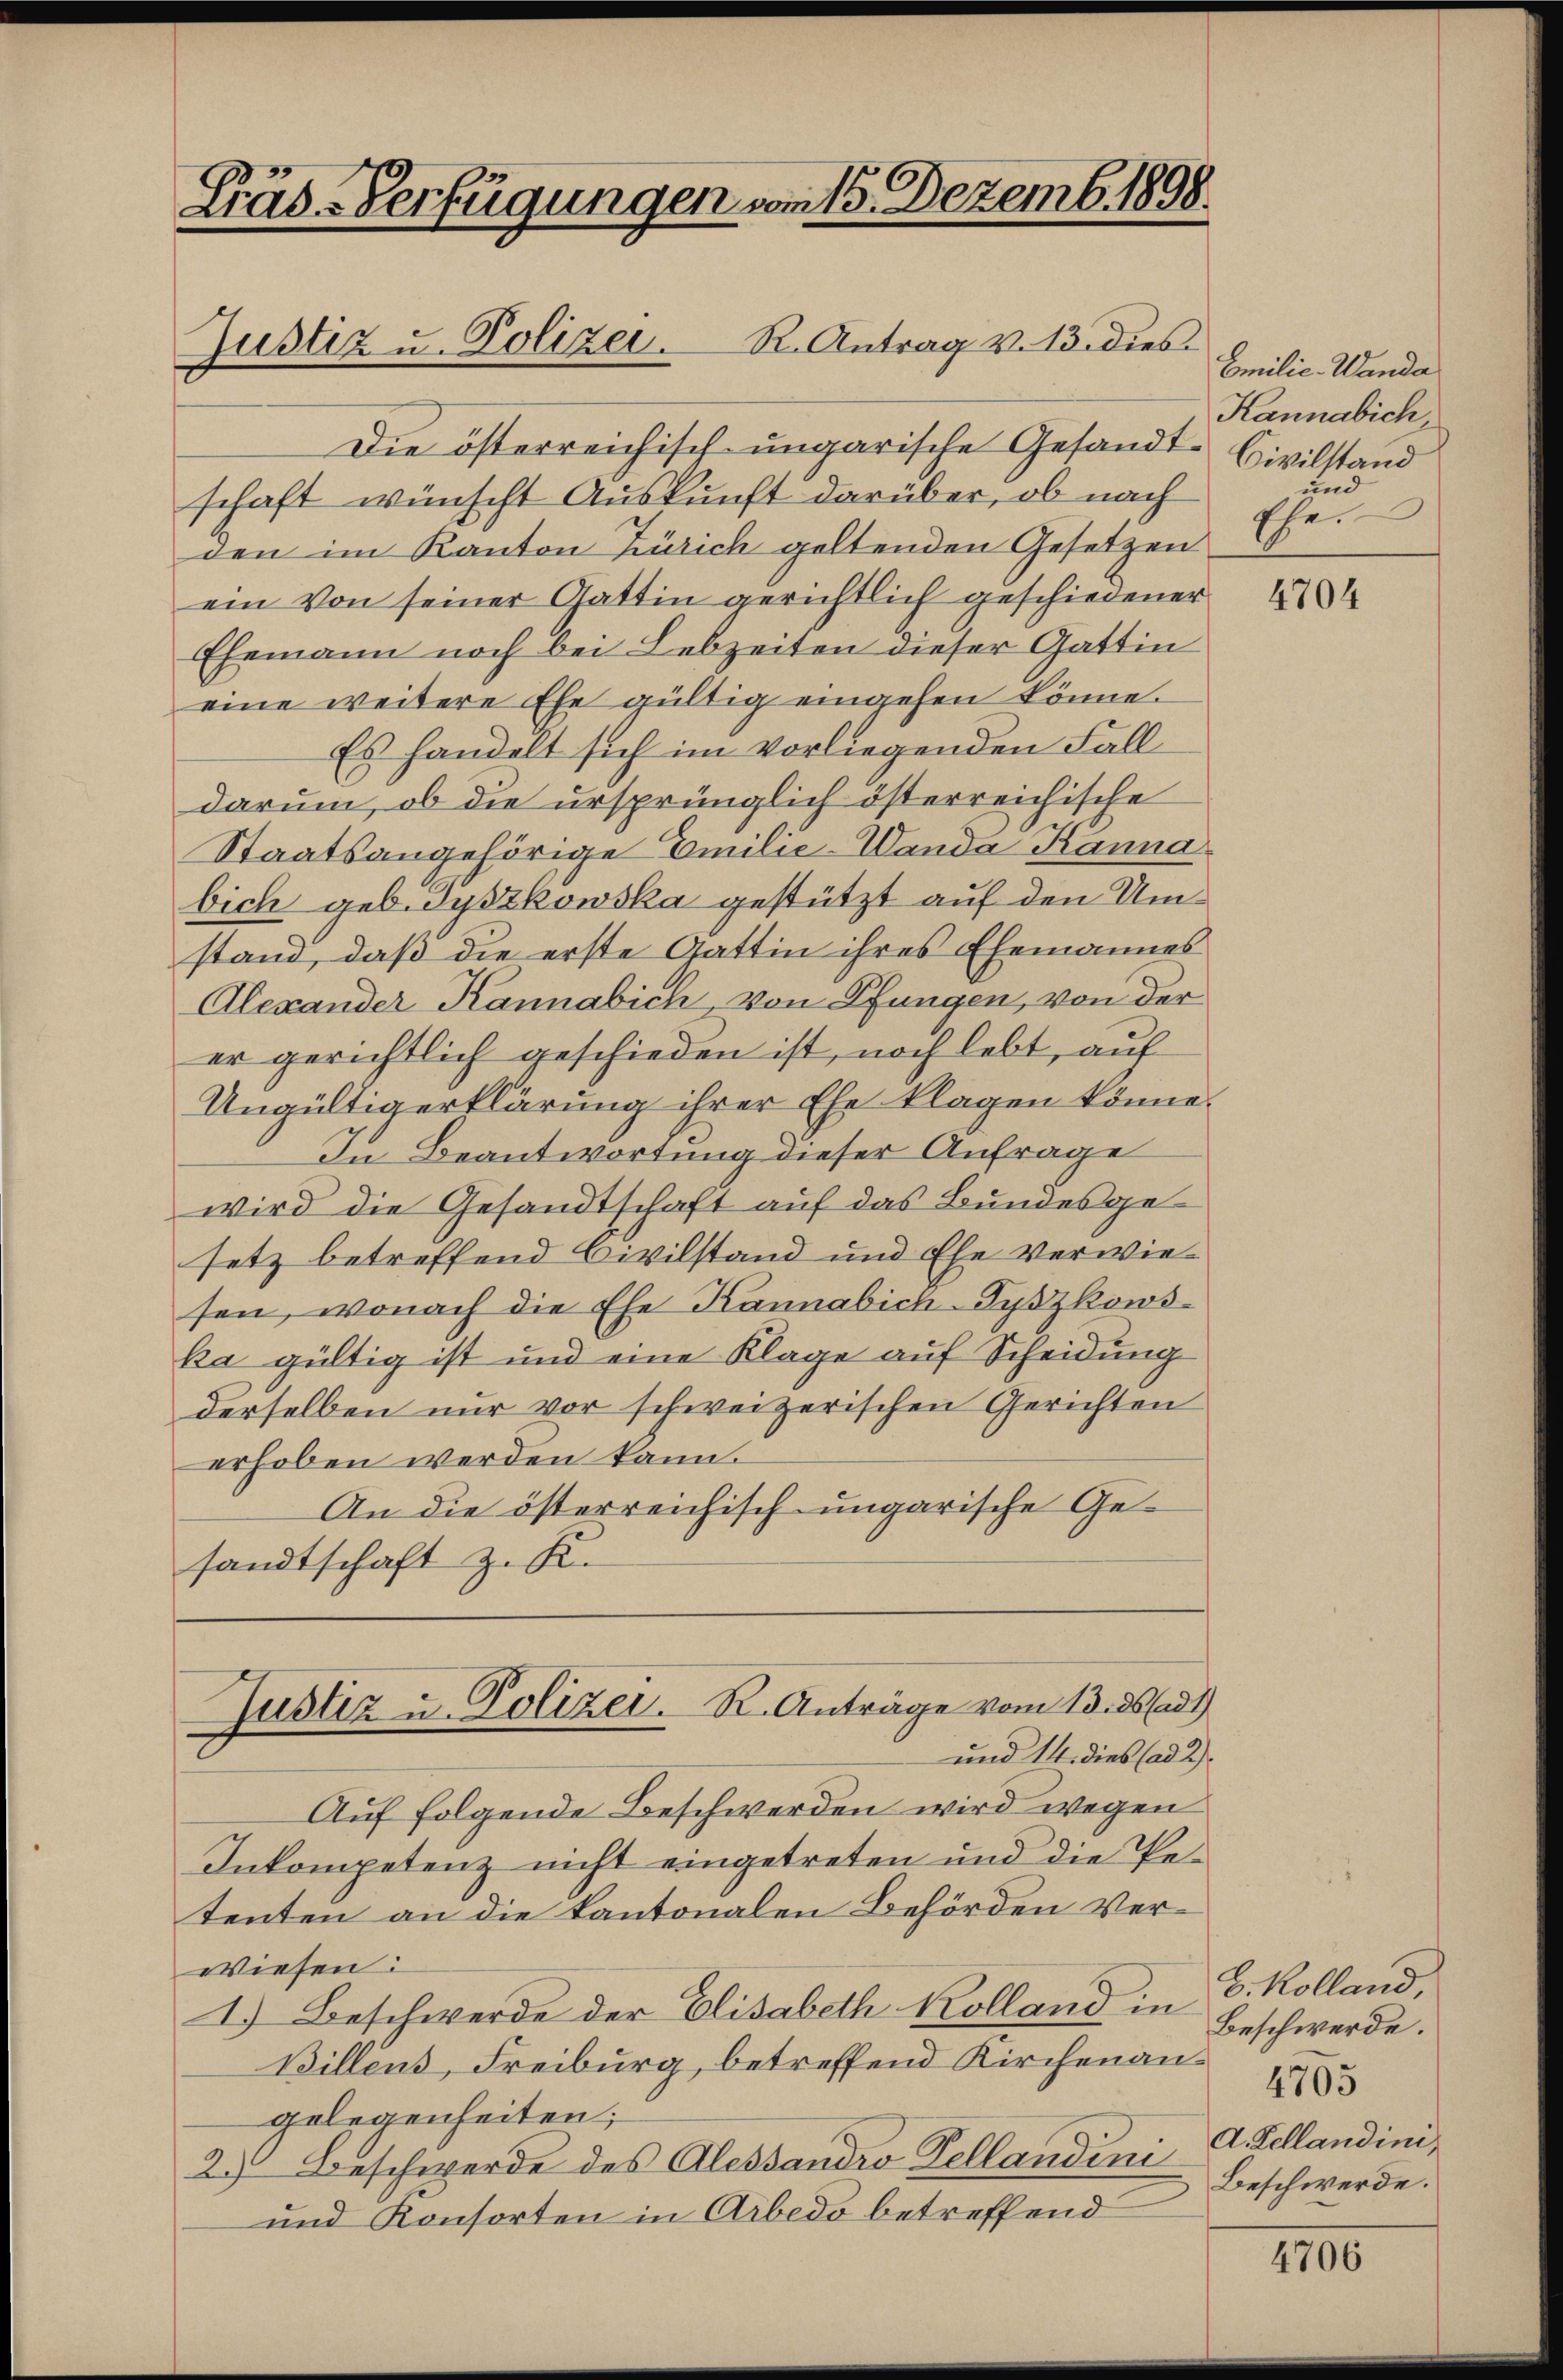
Gräs-Verfügungen vom 15. Dezemb. 1898.
Justiz u. Polizei. R. Antrag v. 13. dies

Die österreichisch ungarische Gesandtschaft wünscht Auskunft darüber, ob nach
den im Kanton Zürich geltenden Gesetzen
ein von seiner Gattin gerichtlich geschiedener
Ehemann noch bei Lebzeiten dieser Gattin
eine weitere Ehe gültig eingehen könne.
Es handelt sich im vorliegenden Fall
darum, ob die ursprünglich österreichische
Staatsangehörige Emilie-Wanda Kanna
bich geb. Gyszkowska gestützt auf den Umstand, daß die erste Gattin ihres Ehemannes
Alexander Kannabich, von Pfungen, von der
er gerichtlich geschieden ist, noch lebt, auf
Ungültigerklärung ihrer Ehe klagen könne.
In Beantwortung dieser Anfrage
wird die Gesandtschaft auf das Bundesgesetz betreffend Civilstand und Ehe verwiesen, wonach die Ehe Kannabich-Pyszkows
ka gültig ist und eine Klage auf Scheidung
derselben nur vor schweizerischen Gerichten
erhoben werden kann.
An die österreichisch ungarische Gesandtschaft z. K.
Justiz u. Polizei. R. Anträge vom 13. ds (ad1)
und 14. dies (ad 2)
Auf folgende Beschwerden wird wegen
Inkompetenz nicht eingetreten und die Petenten an die Kantonalen Behörden Verwiesen:
I.) Beschwerde der Elisabeth Kolland in Beschwerde.
Billens, Freiburg, betreffend Kirchenangelegenheiten;
2.) Beschwerde des Alessandro Tellandini
und Konsorten in Arbedo betreffend

Emilie-Wanda
Kannabich,
Civilstand
und
Ehe.

4704

H. Kolland,
4703
A. Kellandini,
Beschwerde.

4706